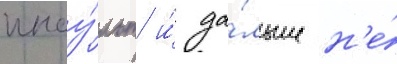
инсу́льт и́ да́льше н'е́